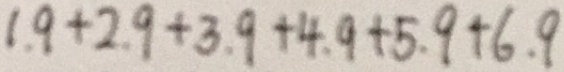
1 . 9 + 2 . 9 + 3 . 9 + 4 . 9 + 5 . 9 + 6 . 9